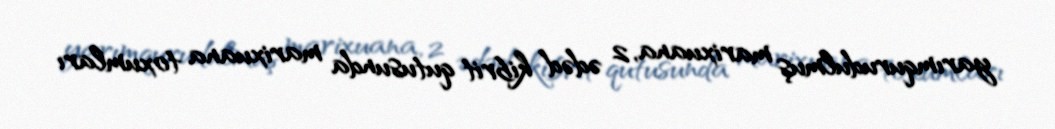
yarımqurudulmuş marixuana, 2 ədəd kibrit qutusunda marixuana toxumları